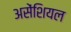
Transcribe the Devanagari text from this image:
असेंशियल